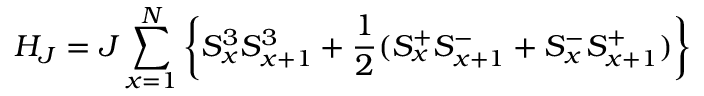
H _ { J } = J \sum _ { x = 1 } ^ { N } \left\{ S _ { x } ^ { 3 } S _ { x + 1 } ^ { 3 } + \frac { 1 } { 2 } ( S _ { x } ^ { + } S _ { x + 1 } ^ { - } + S _ { x } ^ { - } S _ { x + 1 } ^ { + } ) \right\}